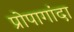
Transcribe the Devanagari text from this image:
प्रोपागांदा